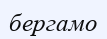
бергамо